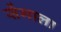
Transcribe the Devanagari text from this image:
सेंगाला